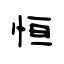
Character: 恒